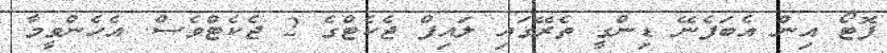
ފޮޓޯ އިން އެބަފެނޭ ޑިންގީ ތެރޭގައި ލައިފް ޖެކެޓްގެ 2 ޖެކެޓްވެސް. އެހެންވީމާ